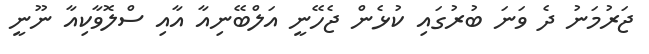
ޖަރުމަނު ދެ ވަނަ ބުރުގައި ކުޅެން ޖެހޭނީ އަލްބޭނިއާ އާއި ސްލޮވާކިއާ ނޫނީ